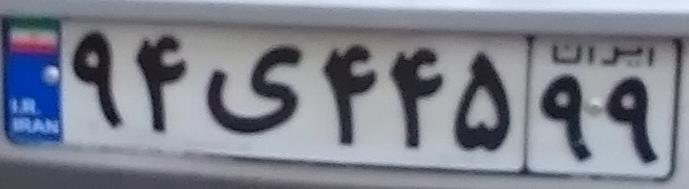
۹۴ی۴۴۵۹۹